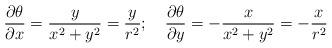
LaTeX: \begin{align*}\frac{\partial\theta}{\partial x}=\frac{y}{x^2+y^2}=\frac{y}{r^2};~~~\frac{\partial\theta}{\partial y}=-\frac{x}{x^2+y^2}=-\frac{x}{r^2}\end{align*}